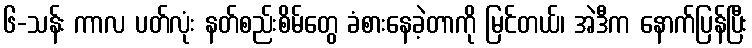
၆-သန်း ကာလ ပတ်လုံး နတ်စည်းစိမ်တွေ ခံစားနေခဲ့တာကို မြင်တယ်၊ အဲဒီက နောက်ပြန်ပြီး